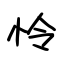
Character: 怜